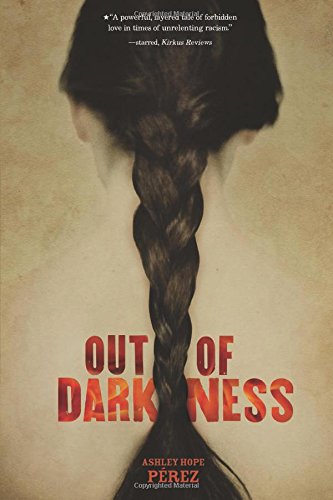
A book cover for Out of Darkness (Fiction - Young Adult); Ashley Hope PÃ©rez; Teen & Young Adult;